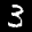
Label: 3